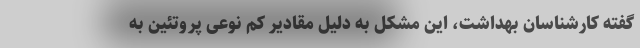
گفته کارشناسان بهداشت، این مشکل به دلیل مقادیر کم نوعی پروتئین به